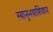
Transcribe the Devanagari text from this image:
स्वानुभवाशिवाय